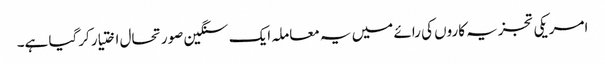
امریکی تجزیہ کاروں کی رائے میں یہ معاملہ ایک سنگین صورتحال اختیار کرگیا ہے۔